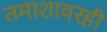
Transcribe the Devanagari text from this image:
तमाशावरही